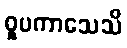
ဝူပကာသေသိ